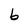
Character: b